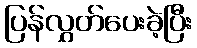
ပြန်လွှတ်ပေးခဲ့ပြီး